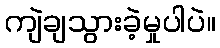
ကျဲချသွားခဲ့မှုပါပဲ။